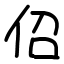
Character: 佋